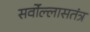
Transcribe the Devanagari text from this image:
सर्वोल्लासतंत्र